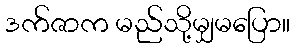
ဒက်ဇာက မည်သို့မျှမပြော။